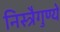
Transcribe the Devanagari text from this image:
निस्त्रैगुण्ये